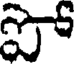
ప